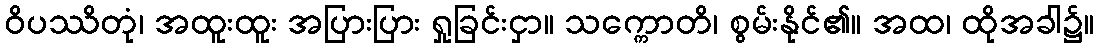
ဝိပဿိတုံ၊ အထူးထူး အပြားပြား ရှုခြင်းငှာ။ သက္ကောတိ၊ စွမ်းနိုင်၏။ အထ၊ ထိုအခါ၌။